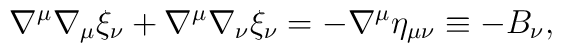
\nabla^{\mu}\nabla_\mu \xi_{\nu} +\nabla^\mu \nabla_\nu \xi_\nu = -\nabla^\mu \eta_{\mu\nu}\equiv - B_\nu,